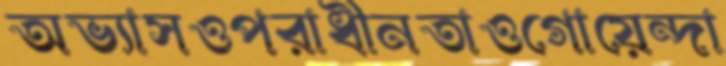
অভ্যাসওপরাধীনতাওগোয়েন্দা